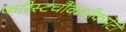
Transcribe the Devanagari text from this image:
फारेस्टचौकशीकमेटी